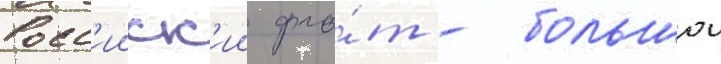
Росс'ииск'ии фло́т - большои